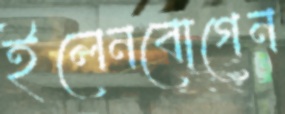
ইলেনবোগেন